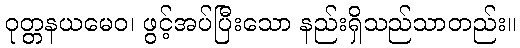
ဝုတ္တနယမေဝ၊ ဖွင့်အပ်ပြီးသော နည်းရှိသည်သာတည်း။